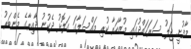
މާފުށީ ޖަލު ސަރަހައްދުގައި މުޒާހަރާ ކުރި މައްސަލާގަ ގަލޮޅު ދެކުނު ދާއިރާގެ މެންބަރު